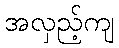
အလှည့်ကျ